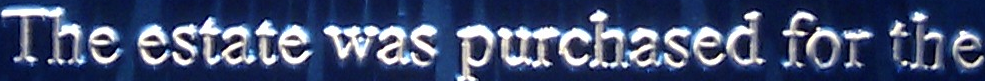
The estate was purchased for the